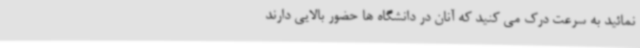
نمائید به سرعت درک می کنید که آنان در دانشگاه ها حضور بالایی دارند